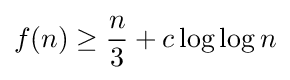
f(n)\geq {\frac {n}{3}}+c\log \log n